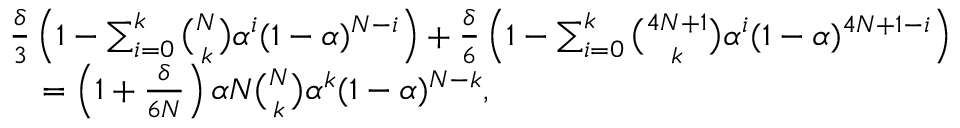
\begin{array} { r l } & { \frac { \delta } { 3 } \left( 1 - \sum _ { i = 0 } ^ { k } { \binom { N } { k } } \alpha ^ { i } ( 1 - \alpha ) ^ { N - i } \right) + \frac { \delta } { 6 } \left( 1 - \sum _ { i = 0 } ^ { k } { \binom { 4 N + 1 } { k } } \alpha ^ { i } ( 1 - \alpha ) ^ { 4 N + 1 - i } \right) } \\ & { \quad = \left( 1 + \frac { \delta } { 6 N } \right) \alpha N { \binom { N } { k } } \alpha ^ { k } ( 1 - \alpha ) ^ { N - k } , } \end{array}